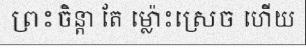
ព្រះចិន្តា តែ ម្ល៉ោះស្រេច ហើយ